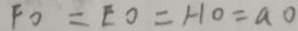
F O = E O = H O = a 0